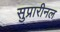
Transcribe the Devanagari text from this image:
सुप्रारीनल